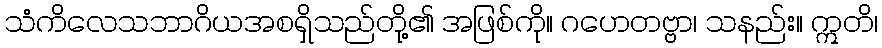
သံကိလေသဘာဂိယအစရှိသည်တို့၏ အဖြစ်ကို။ ဂဟေတဗ္ဗာ၊ သနည်း။ ဣတိ၊